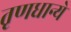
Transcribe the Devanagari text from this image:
तृणधान्ये